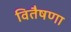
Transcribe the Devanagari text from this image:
वितैषणा